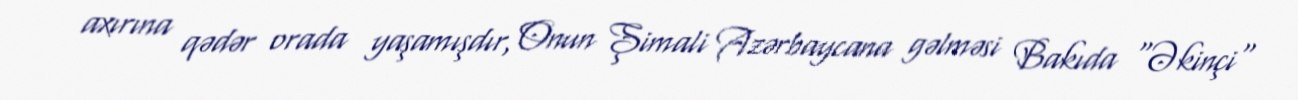
axırına qədər orada yaşamışdır, Onun Şimali Azərbaycana gəlməsi Bakıda "Əkinçi"